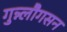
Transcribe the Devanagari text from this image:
गुन्न्लौगसन